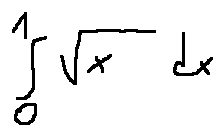
\int \limits _ { 0 } ^ { 1 } \sqrt { x } d x